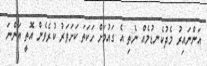
އަންނައިރު މެދުކެނޑުމެއް ނެތި އެ ގައުމަށް ހަކަތަ ކަށަވަރު ކުރެވެން އޮތީ އަންނަ